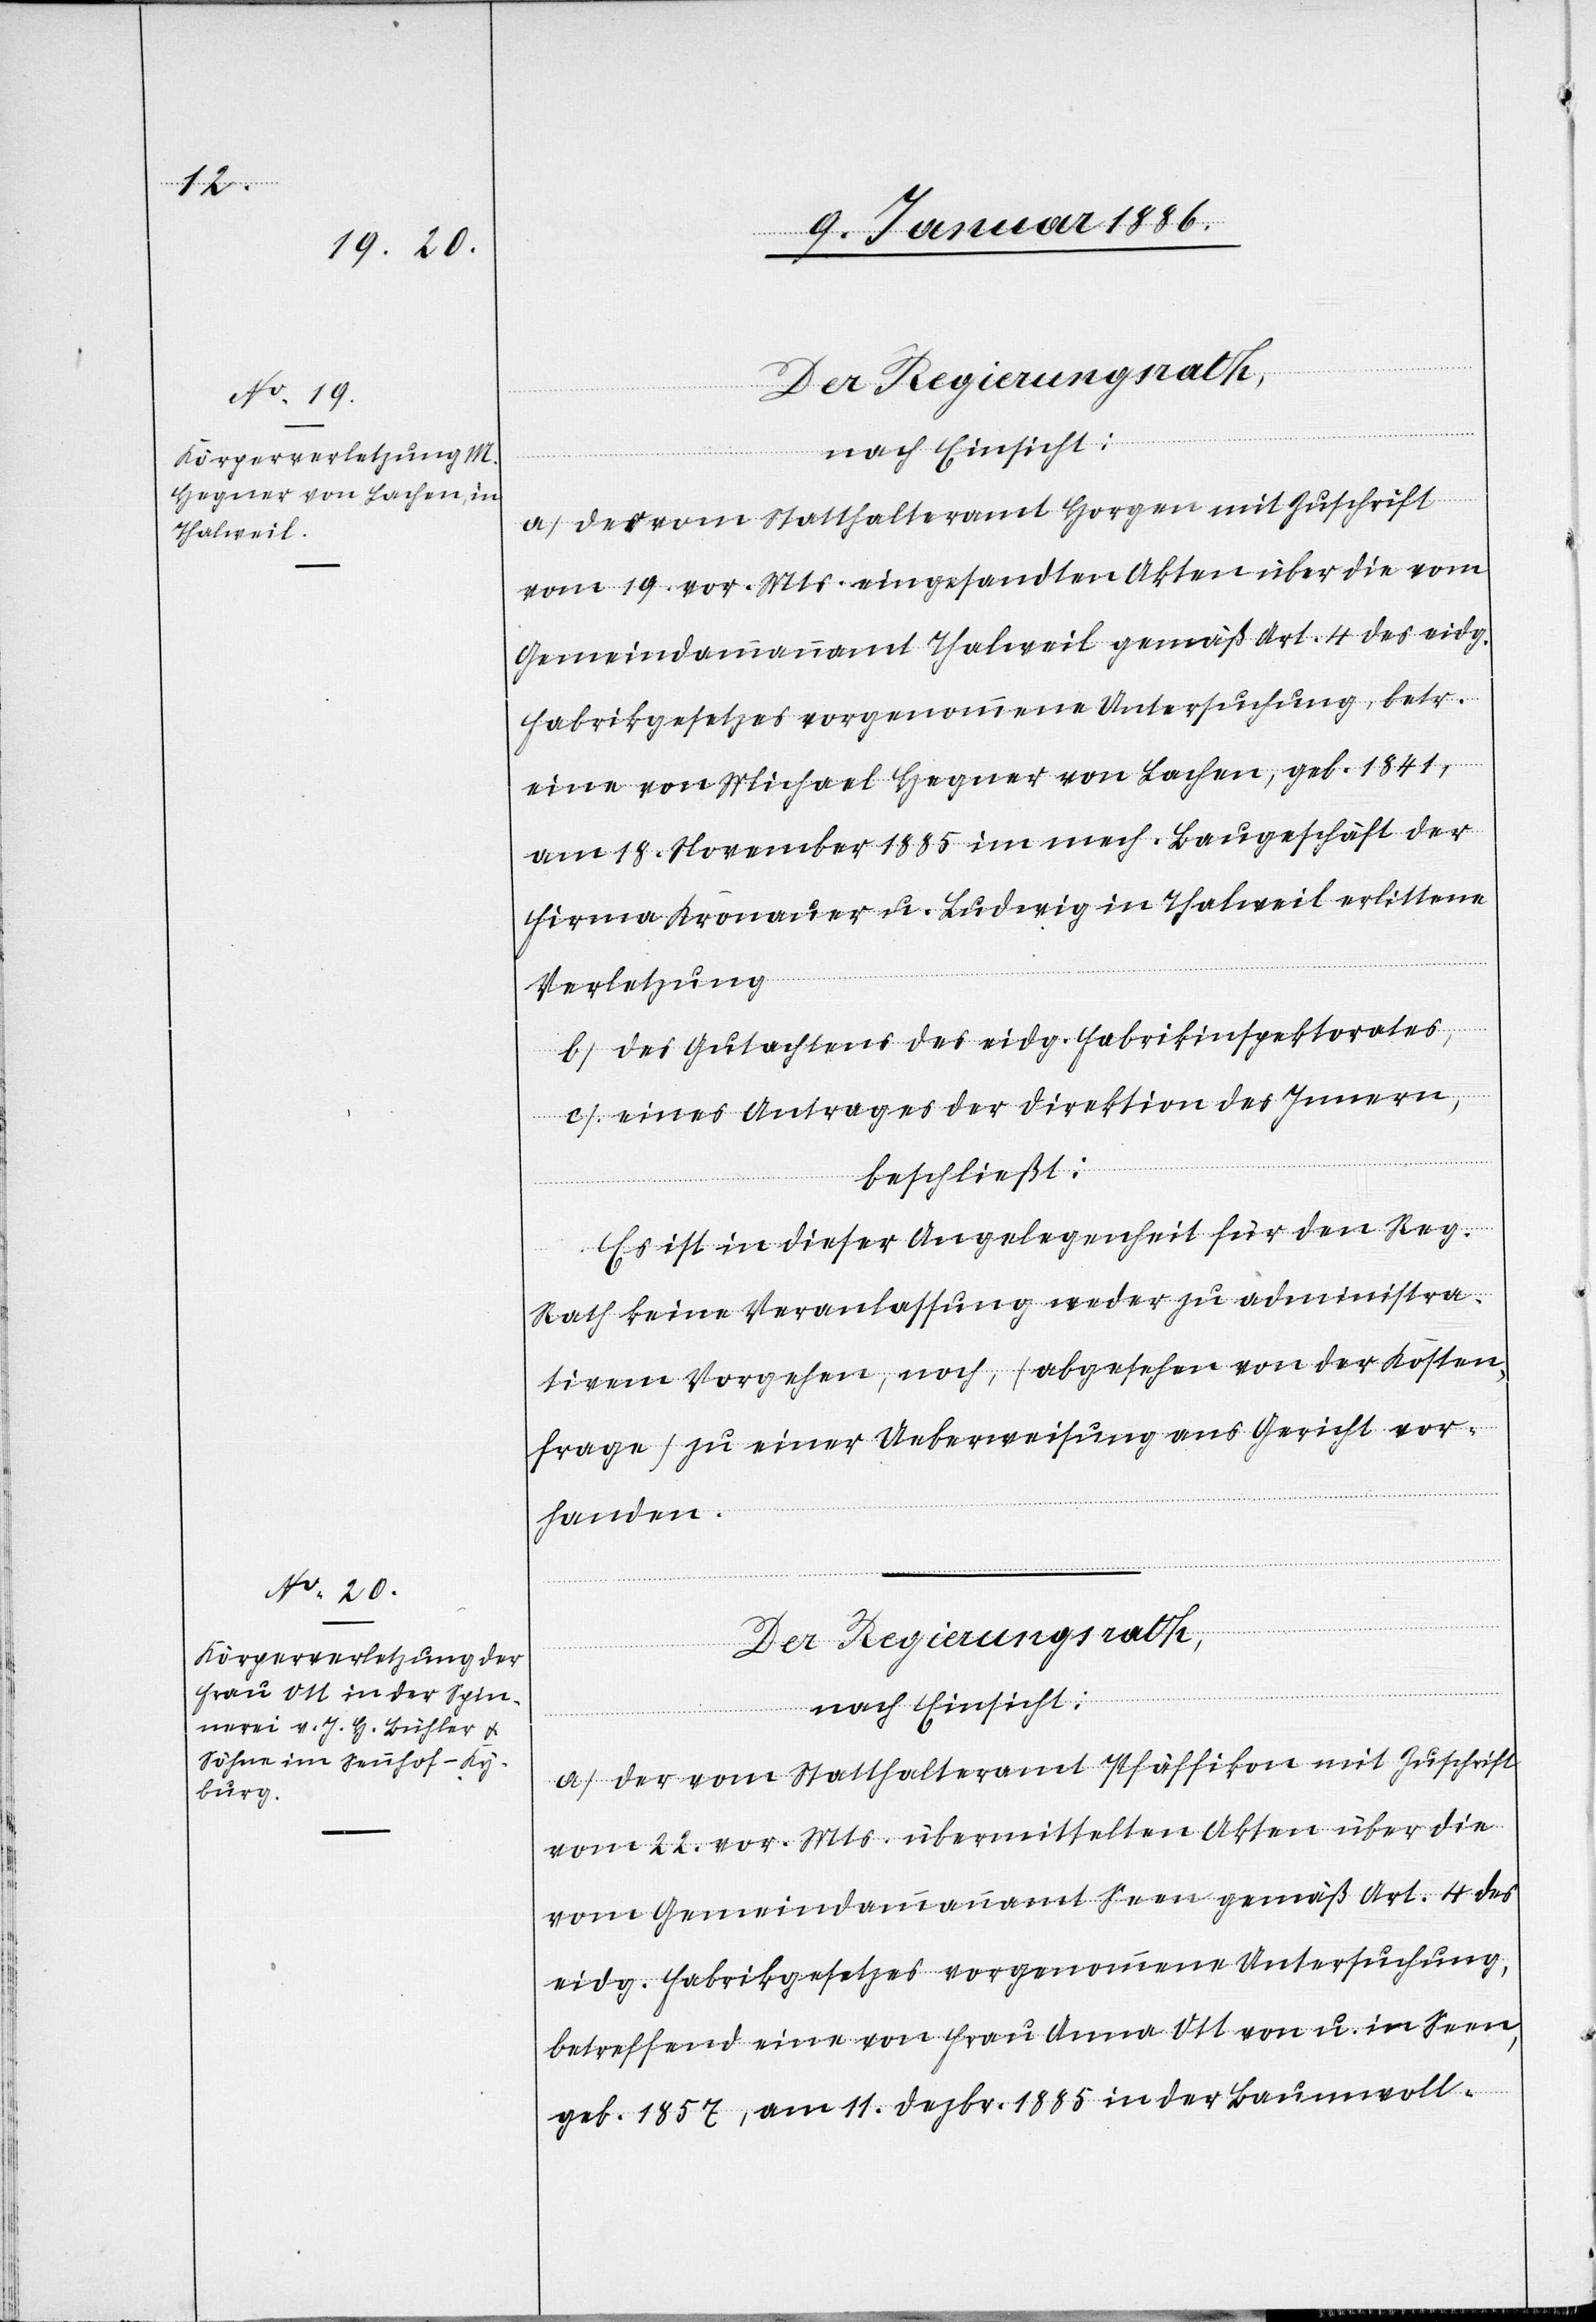
nach Einsicht:
a) Der vom Statthalteramt Horgen mit Zuschrift
vom 19. vor. Mts. eingesandten Akten über die vom
Gemeindammannamt Thalweil gemäß Art. 4 des eidg.
Fabrikgesetzes vorgenommene Untersuchung, betr.
einer von Michael Hegner von Lachen, geb. 1841,
am 18. November 1885 im mech. Baugeschäft der
Firma Kronauer u. Ludwig in Thalweil erlittenen
Verletzung,
b) des Gutachtens des eidg. Fabrikinspektorates,
c) eines Antrages der Direktion des Innern,
beschließt:
Es ist in dieser Angelegenheit für den Reg.
Rath keine Veranlassung weder zu administra¬
tiven Vorgehen, noch, (abgesehen von der Kosten¬
frage) zu einer Ueberweisung ans Gericht vor¬
handen.
Der Regierungsrath,
nach Einsicht:
a) der vom Statthalteramt Pfäffikon mit Zuschrift
vom 22. vor. Mts. übermittelten Akten über die
vom Gemeindammannamt Seen gemäß Art. 4 des
eidg. Fabrikgesetzes vorgenommene Untersuchung,
betreffend eine von Frau Anna Ott von u. in Seen,
geb. 1857, am 11. Dezbr. 1885 in der Baumwoll-